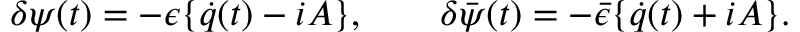
\delta \psi ( t ) = - \epsilon \{ \dot { q } ( t ) - i A \} , \qquad \delta \bar { \psi } ( t ) = - \bar { \epsilon } \{ \dot { q } ( t ) + i A \} .